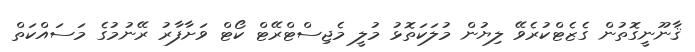
ޤާނޫނީގޮތުން ގެޒެޓްކުރެވޭ ލިޔުން މުލަކަތޮޅު މުލީ މެޖިސްޓްރޭޓް ކޯޓް ވަށާފާރު ރޭނުމުގެ މަސައްކަތް